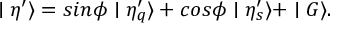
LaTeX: \mid \eta ^ { \prime } \rangle = s i n \phi \mid \eta _ { q } ^ { \prime } \rangle + c o s \phi \mid \eta _ { s } ^ { \prime } \rangle + \mid G \rangle .